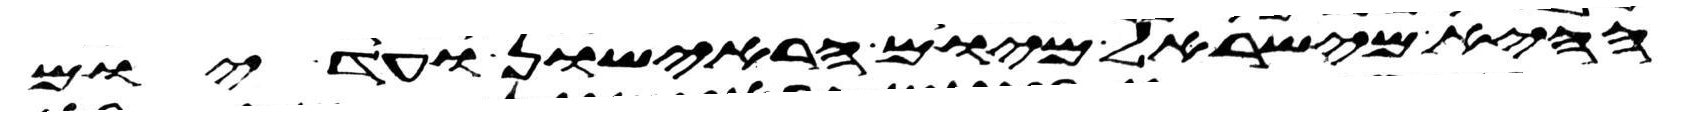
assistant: ההיא מישראל מיום הראישון ועד יום